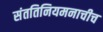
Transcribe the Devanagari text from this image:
संततिनियमनाचीच